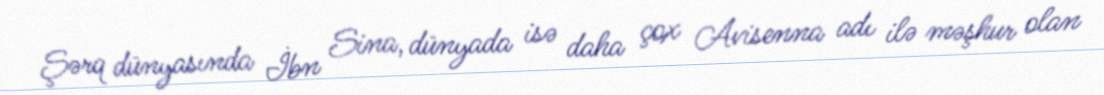
Şərq dünyasında İbn Sina, dünyada isə daha çox Avisenna adı ilə məşhur olan